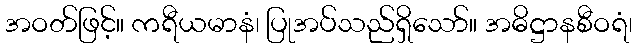
အဝတ်ဖြင့်။ ကရီယမာနံ၊ ပြုအပ်သည်ရှိသော်။ အဓိဋ္ဌာနစီဝရံ၊